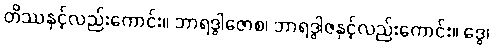
တိဿနှင့်လည်းကောင်း။ ဘာရဒွါဇောစ၊ ဘာရဒွါဇနှင့်လည်းကောင်း။ ဒွေ၊